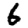
Digit: 6